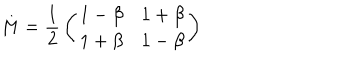
M = { \frac { 1 } { 2 } } \left( \begin{matrix} { { 1 - \beta } } & { { 1 + \beta } } \\ { { 1 + \beta } } & { { 1 - \beta } } \\ \end{matrix} \right)